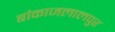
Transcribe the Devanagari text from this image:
बांकाजलालपुर